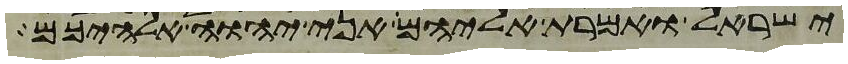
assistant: ישראל ואמרת אליהם אני יהוה אלהיכם